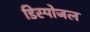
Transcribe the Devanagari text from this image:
डिस्पोजल